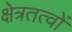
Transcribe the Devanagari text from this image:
क्षेत्रतत्वों